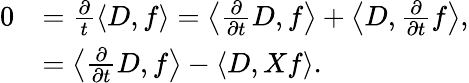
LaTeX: \begin{array}{rl}{0}&{=\frac{\partial}{t}\left\langle D,f\right\rangle=\left\langle\frac{\partial}{\partial t}D,f\right\rangle+\left\langle D,\frac{\partial}{\partial t}f\right\rangle,}\\ &{=\left\langle\frac{\partial}{\partial t}D,f\right\rangle-\left\langle D,Xf\right\rangle.}\end{array}